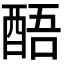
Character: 𮠬